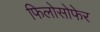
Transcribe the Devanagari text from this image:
फिलोसोफेर